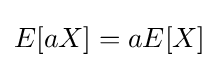
E[aX]=aE[X]